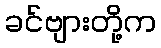
ခင်ဗျားတို့က